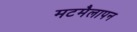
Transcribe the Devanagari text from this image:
मटमैलापन